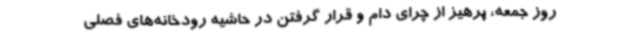
روز جمعه، پرهیز از چرای دام و قرار گرفتن در حاشیه رودخانه‌های فصلی